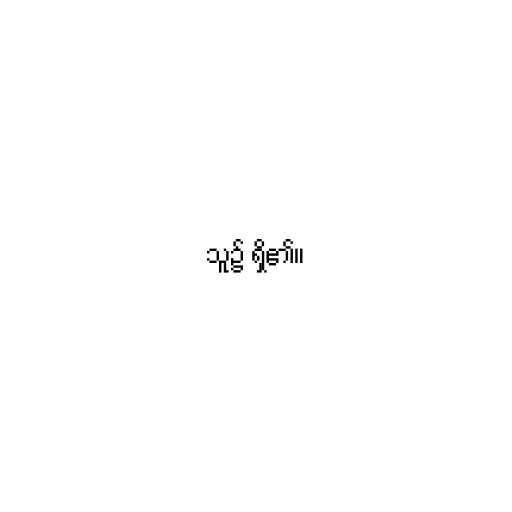
သူ၌ ရှိ၏။